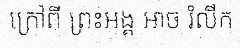
ក្រៅពី ព្រះអង្គ ឤច រំលឹក